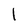
Character: l